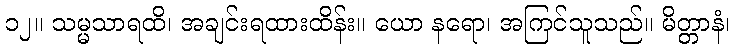
၁၂။ သမ္မသာရထိ၊ အချင်းရထားထိန်း။ ယော နရော၊ အကြင်သူသည်။ မိတ္တာနံ၊